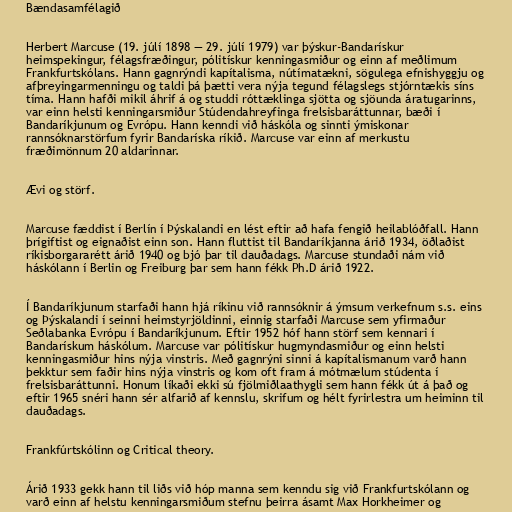
Bændasamfélagið

Herbert Marcuse (19. júlí 1898 — 29. júlí 1979) var þýskur-Bandarískur
heimspekingur, félagsfræðingur, pólitískur kenningasmiður og einn af meðlimum
Frankfurtskólans. Hann gagnrýndi kapítalisma, nútímatækni, sögulega efnishyggju og
afþreyingarmenningu og taldi þá þætti vera nýja tegund félagslegs stjórntækis síns
tíma. Hann hafði mikil áhrif á og studdi róttæklinga sjötta og sjöunda áratugarinns,
var einn helsti kenningarsmiður Stúdendahreyfinga frelsisbaráttunnar, bæði í
Bandaríkjunum og Evrópu. Hann kenndi við háskóla og sinnti ýmiskonar
rannsóknarstörfum fyrir Bandaríska ríkið. Marcuse var einn af merkustu
fræðimönnum 20 aldarinnar.

Ævi og störf.

Marcuse fæddist í Berlín í Þýskalandi en lést eftir að hafa fengið heilablóðfall. Hann
þrígiftist og eignaðist einn son. Hann fluttist til Bandaríkjanna árið 1934, öðlaðist
ríkisborgararétt árið 1940 og bjó þar til dauðadags. Marcuse stundaði nám við
háskólann í Berlin og Freiburg þar sem hann fékk Ph.D árið 1922.

Í Bandaríkjunum starfaði hann hjá ríkinu við rannsóknir á ýmsum verkefnum s.s. eins
og Þýskalandi í seinni heimstyrjöldinni, einnig starfaði Marcuse sem yfirmaður
Seðlabanka Evrópu í Bandaríkjunum. Eftir 1952 hóf hann störf sem kennari í
Bandarískum háskólum. Marcuse var pólitískur hugmyndasmiður og einn helsti
kenningasmiður hins nýja vinstris. Með gagnrýni sinni á kapítalismanum varð hann
þekktur sem faðir hins nýja vinstris og kom oft fram á mótmælum stúdenta í
frelsisbaráttunni. Honum líkaði ekki sú fjölmiðlaathygli sem hann fékk út á það og
eftir 1965 snéri hann sér alfarið af kennslu, skrifum og hélt fyrirlestra um heiminn til
dauðadags.

Frankfúrtskólinn og Critical theory.

Árið 1933 gekk hann til liðs við hóp manna sem kenndu sig við Frankfurtskólann og
varð einn af helstu kenningarsmiðum stefnu þeirra ásamt Max Horkheimer og